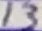
Text: 13